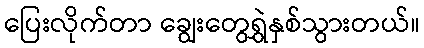
ပြေးလိုက်တာ ချွေးတွေရွှဲနှစ်သွားတယ်။